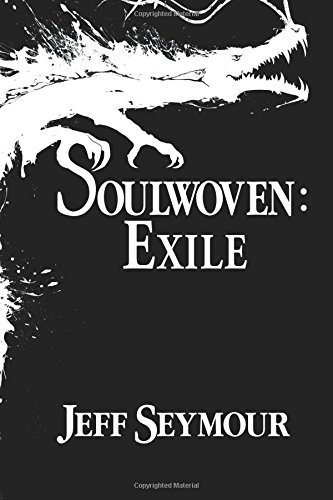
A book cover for Soulwoven: Exile (Volume 2); Jeff Seymour; Science Fiction & Fantasy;